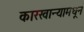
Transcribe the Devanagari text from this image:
कारखान्यामधून